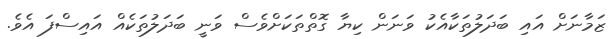
ޒަމާނަށް އައި ބަދަލުތަކާއެކު ވަނަން ކިޔާ ގޮތްތަކަށްވެސް ވަނީ ބަދަލުތަކެއް އައިސްފަ އެވެ.